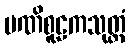
မဏိစူဠကသုတ္တံ